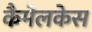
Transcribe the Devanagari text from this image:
कैमेलकेस